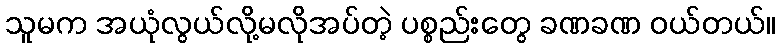
သူမက အယုံလွယ်လို့မလိုအပ်တဲ့ ပစ္စည်းတွေ ခဏခဏ ဝယ်တယ်။